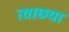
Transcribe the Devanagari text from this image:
त्याछ्या